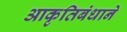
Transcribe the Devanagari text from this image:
आकृतिबंधाने